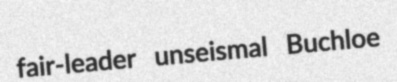
fair-leader unseismal Buchloe